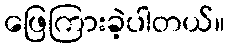
ဖြေကြားခဲ့ပါတယ်။